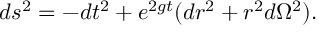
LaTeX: d s ^ { 2 } = - d t ^ { 2 } + e ^ { 2 g t } ( d r ^ { 2 } + r ^ { 2 } d \Omega ^ { 2 } ) .